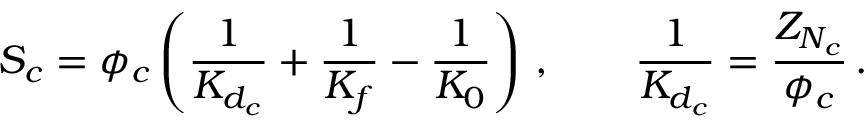
S _ { c } = \phi _ { c } \left( \frac { 1 } { K _ { d _ { c } } } + \frac { 1 } { K _ { f } } - \frac { 1 } { K _ { 0 } } \right) \, , \qquad \frac { 1 } { K _ { d _ { c } } } = \frac { Z _ { N _ { c } } } { \phi _ { c } } \, .